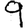
Digit: 9